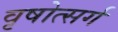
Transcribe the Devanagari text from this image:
वृषोत्सर्ग